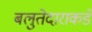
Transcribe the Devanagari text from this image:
बलुतेदाराकडे